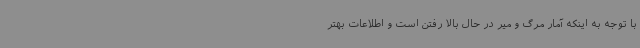
با توجه به اینکه آمار مرگ و میر در حال بالا رفتن است و اطلاعات بهتر